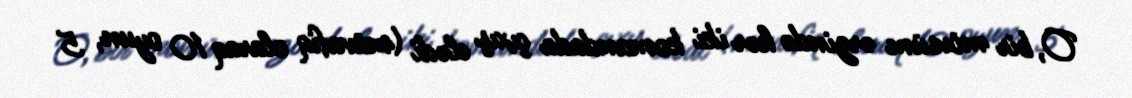
O, bir mövsüm ərzində hər iki komandada çıxış elədi (müvafiq olaraq 10 oyun, 5